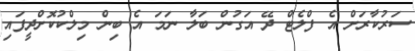
ސަރުކާރަށް އެ ފްލެޓް ދޭ އަގުން ބަލާ ނަމަ އެ ބިން މިލްކުކޮށްދީފައި